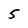
Character: 5